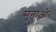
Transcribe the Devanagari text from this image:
सुनाओ।